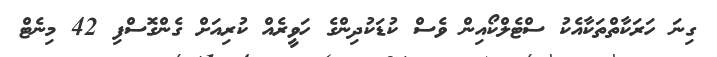
ގިނަ ހަރަކާތްތަކާއެކު ސްޓެލްކޯއިން ވެސް ކުޑަކުދިންގެ ހަވީރެއް ކުރިއަށް ގެންގޮސްފި 42 މިނެޓް